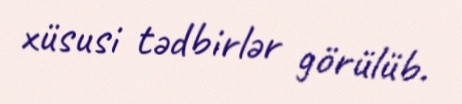
xüsusi tədbirlər görülüb.